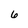
Character: 6